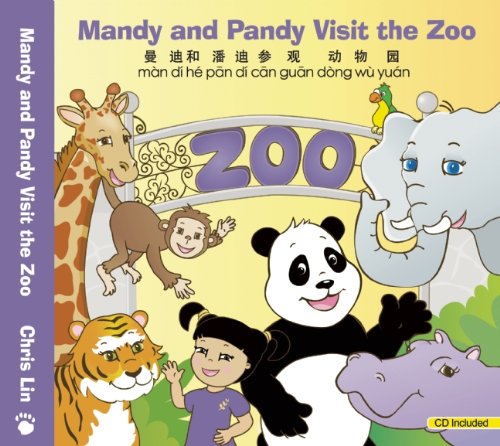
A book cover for Mandy and Pandy Visit the Zoo (English and Chinese Edition); Chris Lin; Children's Books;